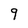
Character: 9